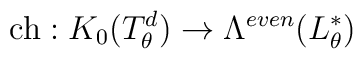
{\rm ch} : K_{0}(T_{\theta}^{d}) \to \Lambda^{even}(L^{*}_{\theta})